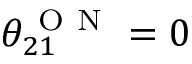
\theta _ { 2 1 } ^ { \mathrm { ~ O ~ N ~ } } = 0